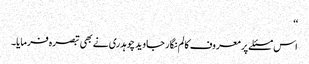
‘‘
اس مسئلے پر معروف کالم نگار جاوید چوہدری نے بھی تبصرہ فرمایا۔